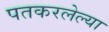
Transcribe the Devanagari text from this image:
पतकरलेल्या